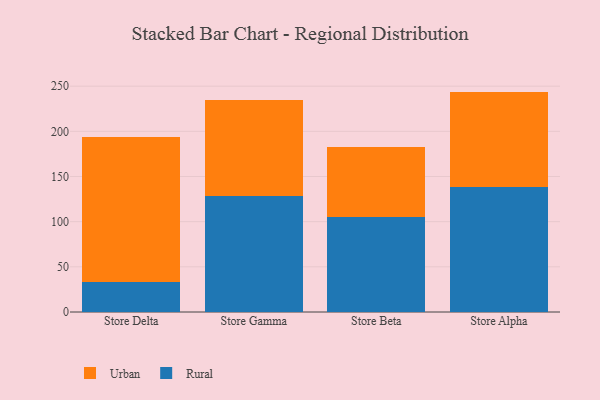
{"axis": {"x": "Store", "y": "LTV (USD)"}, "legend": ["Rural", "Urban"], "data": [{"x": "Store Delta", "y": 33.0, "type": "Rural"}, {"x": "Store Delta", "y": 160.8, "type": "Urban"}, {"x": "Store Gamma", "y": 127.9, "type": "Rural"}, {"x": "Store Gamma", "y": 107.3, "type": "Urban"}, {"x": "Store Beta", "y": 104.7, "type": "Rural"}, {"x": "Store Beta", "y": 78.3, "type": "Urban"}, {"x": "Store Alpha", "y": 138.0, "type": "Rural"}, {"x": "Store Alpha", "y": 106.0, "type": "Urban"}]}